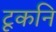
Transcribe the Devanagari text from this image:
टूकनि